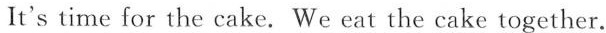
It's time for the cake. We eat the cake together.